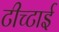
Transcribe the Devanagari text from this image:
टीच्टाई